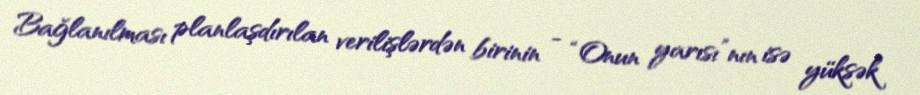
Bağlanılması planlaşdırılan verilişlərdən birinin - “Onun yarısı”nın isə yüksək